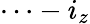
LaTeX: \cdots-i_{z}